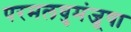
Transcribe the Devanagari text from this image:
परमलघुमंजूषा